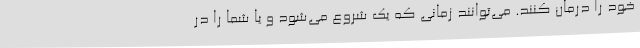
خود را درمان کنند. می‌توانند زمانی که یک شروع می‌شود و یا شما را در